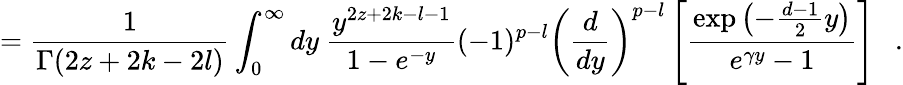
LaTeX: ={\frac{1}{\Gamma(2z+2k-2l)}}\int_{0}^{\infty}dy~{\frac{y^{2z+2k-l-1}}{1-e^{-y}}}(-1)^{p-l}\left({\frac{d}{dy}}\right)^{p-l}\left[{\frac{\exp\left(-{\frac{d-1}{2}}y\right)}{e^{\gamma y}-1}}\right]~~~.